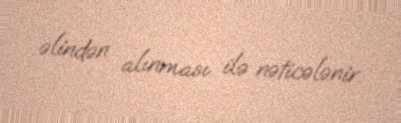
əlindən alınması ilə nəticələnir.